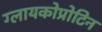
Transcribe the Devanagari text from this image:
ग्लायकोप्रोटिन